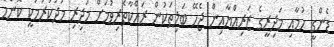
ޑެންގީ ހުމާއި މަދިރީގެ ޒަރިއްޔާއިން ޖެހޭ ބަލިތަކުން ރައްކާތެރިވުމަށް މަދިރި މަދުކުރުމަކީ ކޮންމެ